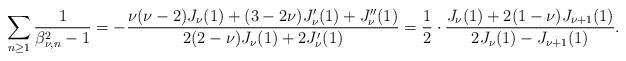
LaTeX: \begin{align*}\sum_{n\geq 1}\frac{1}{\beta_{\nu,n}^2-1}=-\frac{\nu(\nu-2)J_{\nu}(1)+(3-2\nu)J_{\nu}'(1)+J_{\nu}''(1)}{2(2-\nu)J_{\nu}(1)+2J_{\nu}'(1)}=\frac{1}{2}\cdot \frac{J_{\nu}(1)+2(1-\nu)J_{\nu+1}(1)}{2J_{\nu}(1)-J_{\nu+1}(1)}.\end{align*}